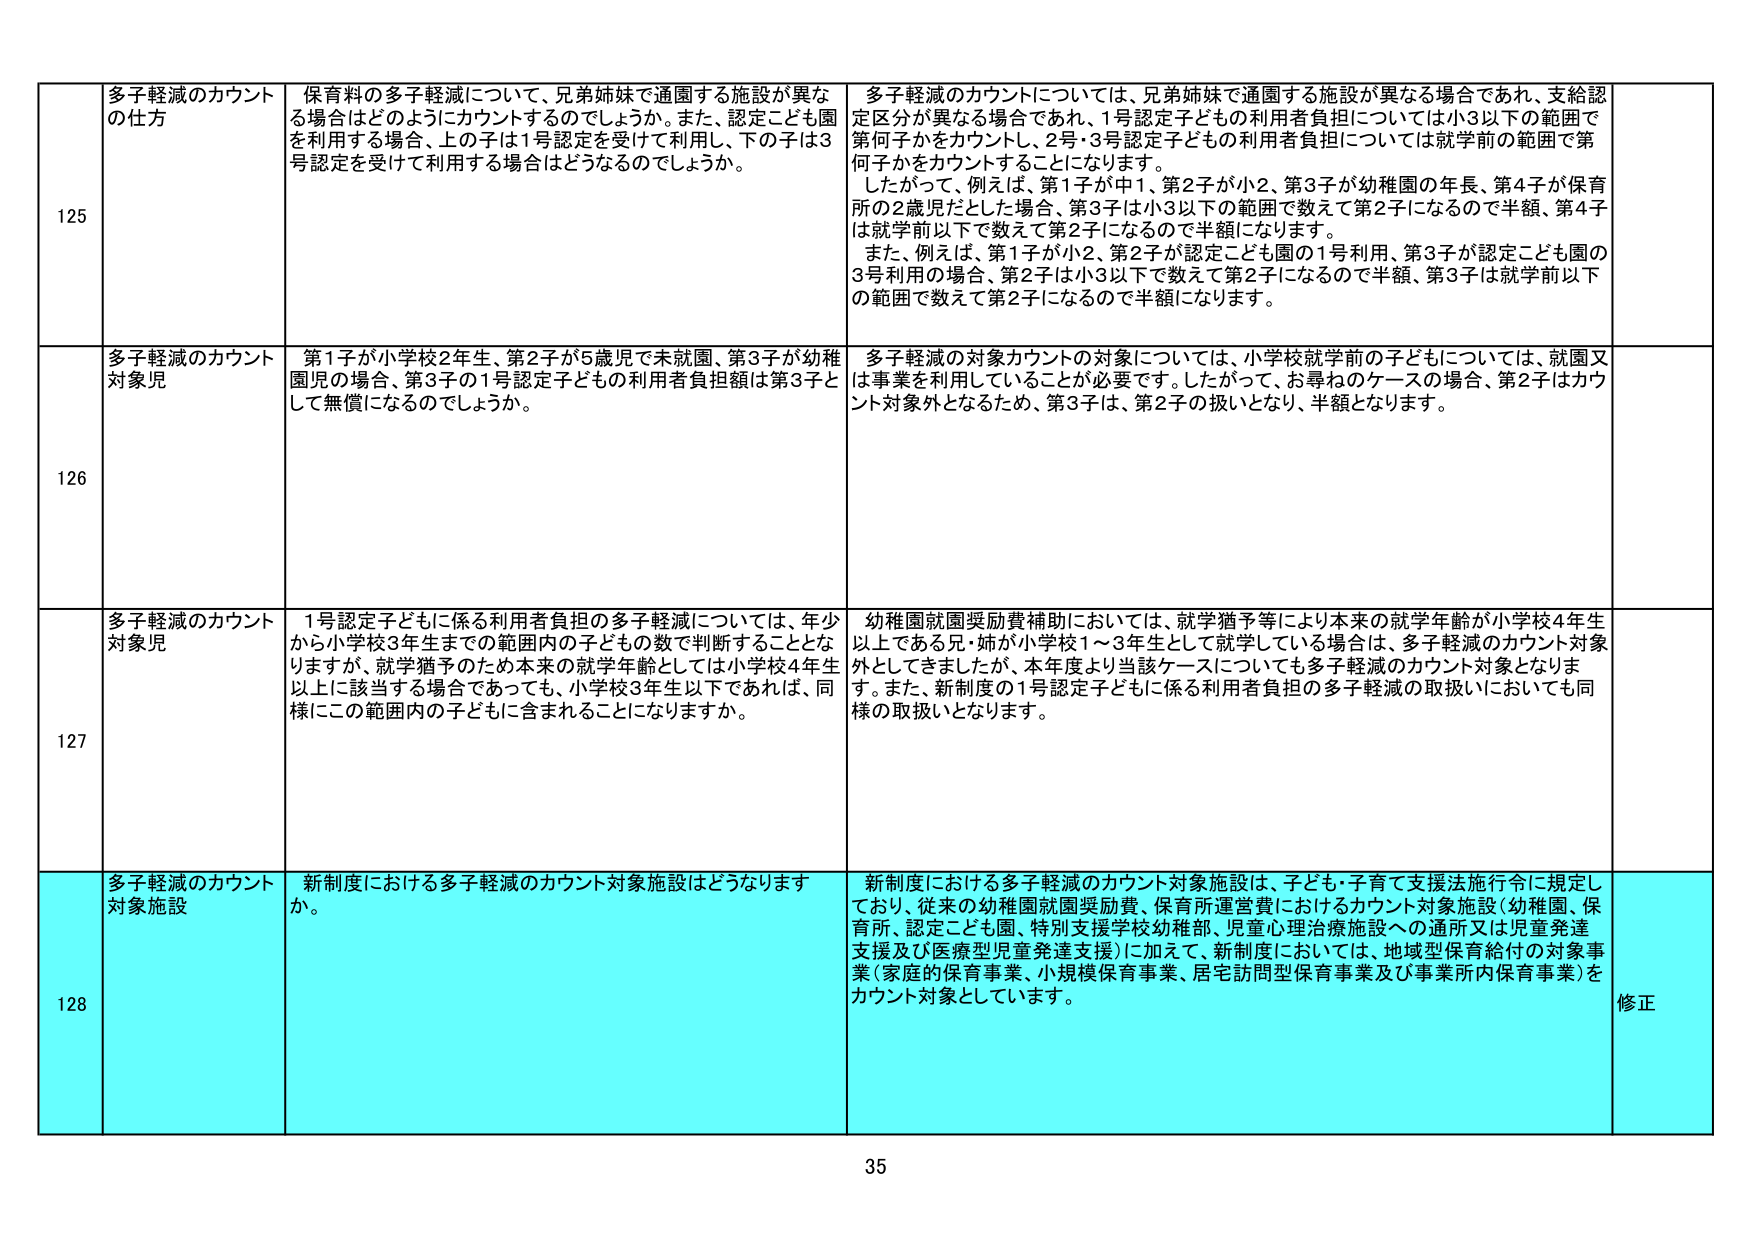
125
多子軽減のカウントの仕方
保育料の多子軽減について、兄弟姉妹で通園する施設が異なる場合はどのようにカウントするのでしょうか。また、認定こども園を利用する場合、上の子は1号認定を受けて利用し、下の子は3号認定を受けて利用する場合はどうなるのでしょうか。
多子軽減のカウントについては、兄弟姉妹で通園する施設が異なる場合であれ、支給認定区分が異なる場合であれ、1号認定子どもの利用者負担については小3以下の範囲で第何子かをカウントし、2号・3号認定子どもの利用者負担については就学前の範囲で第何子かをカウントすることになります。
したがって、例えば、第1子が中1、第2子が小2、第3子が幼稚園の年長、第4子が保育所の2歳児だった場合、第3子は小3以下の範囲で数えて第2子になるので半額、第4子は就学前以下で数えて第2子になるので半額になります。
また、例えば、第1子が小2、第2子が認定こども園の1号利用、第3子が認定こども園の3号利用の場合、第2子は小3以下で数えて第2子になるので半額、第3子は就学前以下の範囲で数えて第2子になるので半額になります。

126
多子軽減のカウント対象児
第1子が小学校2年生、第2子が5歳児で未就園、第3子が幼稚園児の場合、第3子の1号認定子どもの利用者負担額は第3子として無償になるのでしょうか。
多子軽減の対象カウントの対象については、小学校就学前の子どもについては、就園又は事業を利用していることが必要です。したがって、お尋ねのケースの場合、第2子はカウント対象外となるため、第3子は、第2子の扱いとなり、半額となります。

127
多子軽減のカウント対象児
1号認定子どもに係る利用者負担の多子軽減については、年少から小学校3年生までの範囲内の子どもの数で判断することとなりますが、就学猶予のため本来の就学年齢としては小学校4年生以上に該当する場合であっても、小学校3年生以下であれば、同様にこの範囲内の子どもに含まれることになりますか。
幼稚園就園奨励費補助においては、就学猶予等により本来の就学年齢が小学校4年生以上である兄・姉が小学校1～3年生として就学している場合は、多子軽減のカウント対象外としてきましたが、本年度より当該ケースについても多子軽減のカウント対象となります。また、新制度の1号認定子どもに係る利用者負担の多子軽減の取扱いにおいても同様の取扱いとなります。

128
多子軽減のカウント対象施設
新制度における多子軽減のカウント対象施設はどうなりますか。
新制度における多子軽減のカウント対象施設は、子ども・子育て支援法施行令に規定しており、従来の幼稚園就園奨励費、保育所運営費におけるカウント対象施設（幼稚園、保育所、認定こども園、特別支援学校幼稚部、児童心理治療施設への通所又は児童発達支援及び医療型児童発達支援）に加えて、新制度においては、地域型保育給付の対象事業（家庭的保育事業、小規模保育事業、居宅訪問型保育事業及び事業所内保育事業）をカウント対象としています。
修正

35